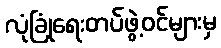
လုံခြုံရေးတပ်ဖွဲ့ဝင်များမှ